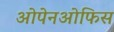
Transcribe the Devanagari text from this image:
ओपेनओफिस